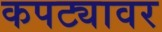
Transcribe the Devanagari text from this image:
कपट्यावर